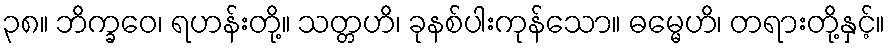
၃၈။ ဘိက္ခဝေ၊ ရဟန်းတို့။ သတ္တဟိ၊ ခုနစ်ပါးကုန်သော။ ဓမ္မေဟိ၊ တရားတို့နှင့်။